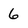
Character: 6